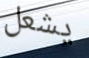
يشعل